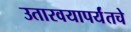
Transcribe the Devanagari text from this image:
उतारवयापर्यंतचे